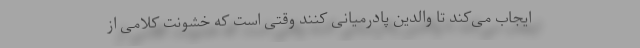
ایجاب می‌‌کند تا والدین پادرمیانی کنند وقتی است که خشونت کلامی از